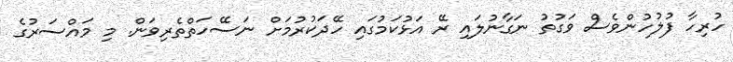
ހުރިހާ ފުލުހުންވެސް ވަގުތު ނަގާނުލައި ރޭ އަޅުކަމުގައި ހޭދަކުރުމަށް ނަސޭހަތްތެރިވަން. މި މައްސަރުގެ